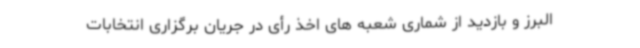
البرز و بازدید از شماری شعبه های اخذ رأی در جریان برگزاری انتخابات